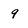
Character: 9